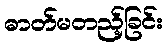
ဓာတ်မတည့်ခြင်း